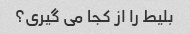
بلیط را از کجا می گیری؟